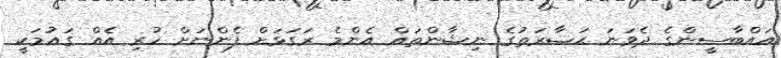
އައްބާސީންގެ ދެވަނަ ޙަޟާރަތުގެ ނިޝާންތައް އެންމެ ރަގަޅަށް ފެންނަށް ހުރި އެއް ގައުމަކީ